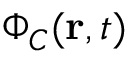
\Phi _ { C } ( { \bf r } , t )